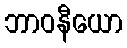
ဘာဝနီယော